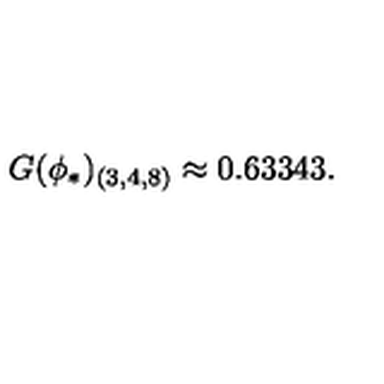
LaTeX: G ( \phi _ { * } ) _ { ( 3 , 4 , 8 ) } \approx 0 . 6 3 3 4 3 .